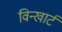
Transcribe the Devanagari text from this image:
विन्खार्ट